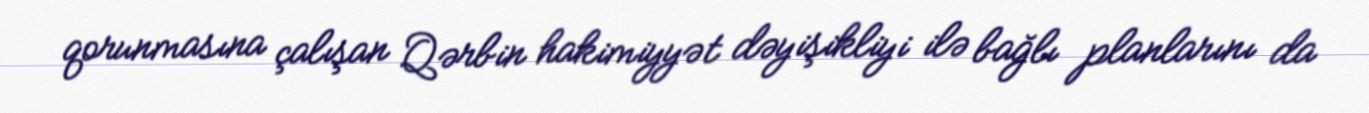
qorunmasına çalışan Qərbin hakimiyyət dəyişikliyi ilə bağlı planlarını da